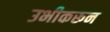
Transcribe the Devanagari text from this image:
उभीकरून